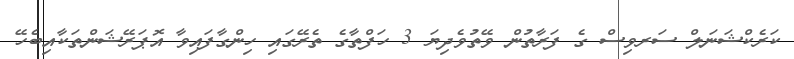
ކަރެކްޝަނަލް ސަރވިސް ގެ ފަރާތުން ވޭތުވެދިޔަ 3 ހަފްތާގެ ތެރޭގައި ހިންގާފައިވާ އޮޕަރޭޝަންތަކާއިބެހޭ